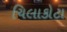
ચિલાકોટા